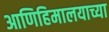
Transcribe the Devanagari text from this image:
आणिहिमालयाच्या